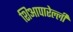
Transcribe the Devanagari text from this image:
शिआपारेल्ली